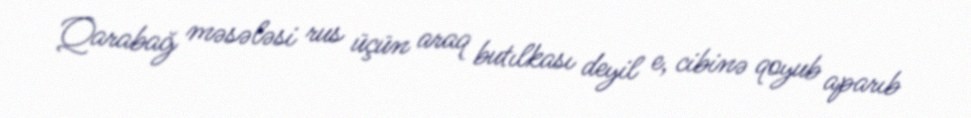
Qarabağ məsələsi rus üçün araq butılkası deyil e, cibinə qoyub aparıb